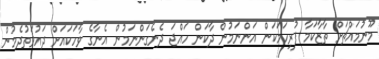
މޫނުމައްޗަށް ތާޒާކަމާ ފުރިހަމަކަން އަންނަމުން ދާކަން ހައްޖަ ދެނެގަންނަމުން އެނާގެ ވާހަކައަށް ދައުވަތުދެމުން